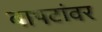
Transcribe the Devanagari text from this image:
बापटांवर